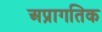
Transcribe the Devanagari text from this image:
अप्रागतिक